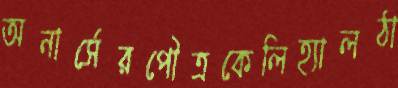
অনার্সেরপৌত্রকেলিহ্যালঠা